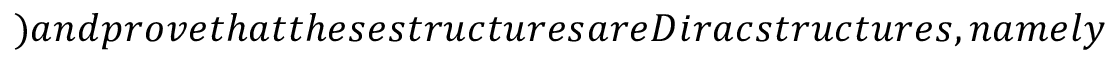
) a n d p r o v e t h a t t h e s e s t r u c t u r e s a r e D i r a c s t r u c t u r e s , n a m e l y